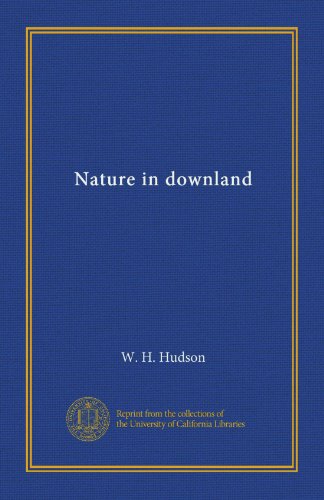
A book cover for Nature in downland; W. H. Hudson; Literature & Fiction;